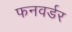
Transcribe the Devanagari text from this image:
फनवर्डर